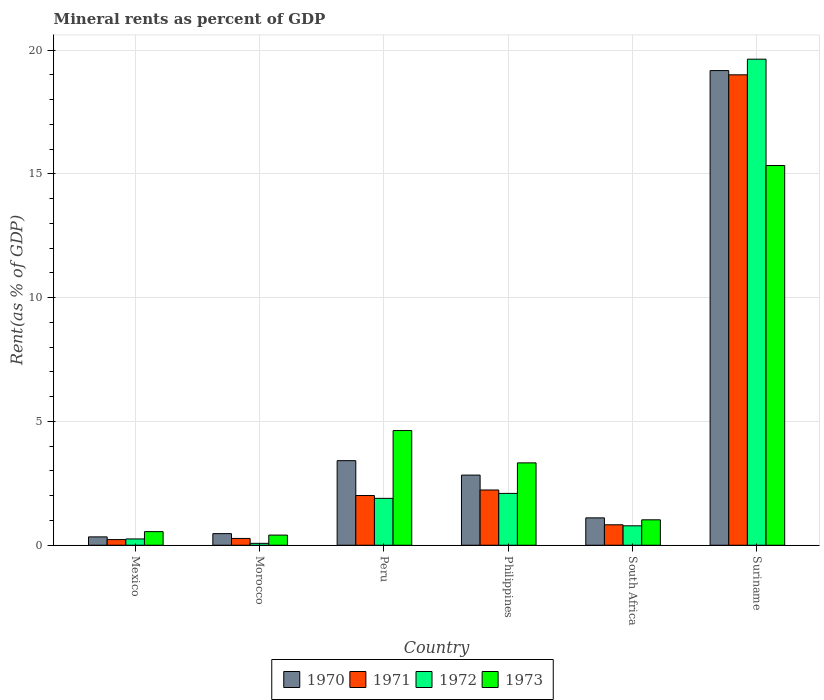
| Country | 1970 | 1971 | 1972 | 1973 |
 | --- | --- | --- | --- | --- |
 | Mexico | 0.338 | 0.228 | 0.254 | 0.55 |
 | Morocco | 0.469 | 0.274 | 0.0768 | 0.41 |
 | Peru | 3.42 | 2.01 | 1.89 | 4.63 |
 | Philippines | 2.83 | 2.23 | 2.09 | 3.33 |
 | South Africa | 1.11 | 0.826 | 0.785 | 1.03 |
 | Suriname | 19.2 | 19 | 19.6 | 15.3 |